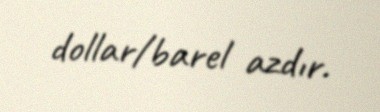
dollar/barel azdır.